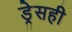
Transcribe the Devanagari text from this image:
ड्रेसही